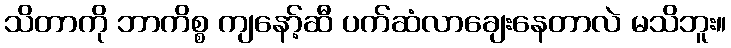
သိတာကို ဘာကိစ္စ ကျနော့်ဆီ ပက်ဆံလာချေးနေတာလဲ မသိဘူး။